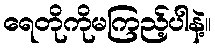
ရေတိုကိုမကြည့်ပါနဲ့။